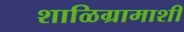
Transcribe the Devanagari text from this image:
शाळिग्रामाशी